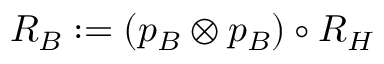
{ \cal R } _ { B } : = ( p _ { B } \otimes p _ { B } ) \circ { \cal R } _ { H }